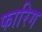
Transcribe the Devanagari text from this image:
फारिग